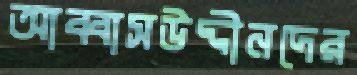
আব্বাসউদ্দীনদের